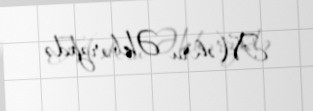
Məhru Əkbərzadə